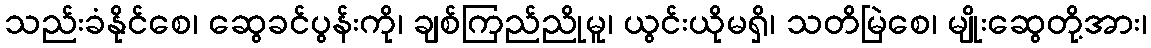
သည်းခံနိုင်စေ၊ ဆွေခင်ပွန်းကို၊ ချစ်ကြည်ညိုမူ၊ ယွင်းယိုမရှိ၊ သတိမြဲစေ၊ မျိုးဆွေတို့အား၊